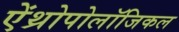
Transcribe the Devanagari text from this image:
ऐंथ्रोपोलॉजिकल